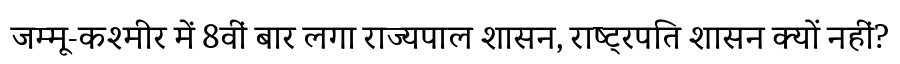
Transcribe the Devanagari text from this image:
जम्मू-कश्मीर में 8वीं बार लगा राज्यपाल शासन, राष्ट्रपति शासन क्यों नहीं?